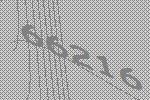
66216